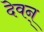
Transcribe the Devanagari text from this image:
देवन्